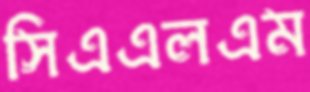
সিএএলএম